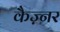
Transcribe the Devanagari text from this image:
कैज़्नर